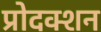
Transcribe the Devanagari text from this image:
प्रोदक्शन